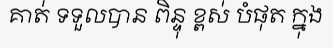
គាត់ ទទួលបាន ពិន្ទុ ខ្ពស់ បំផុត ក្នុង